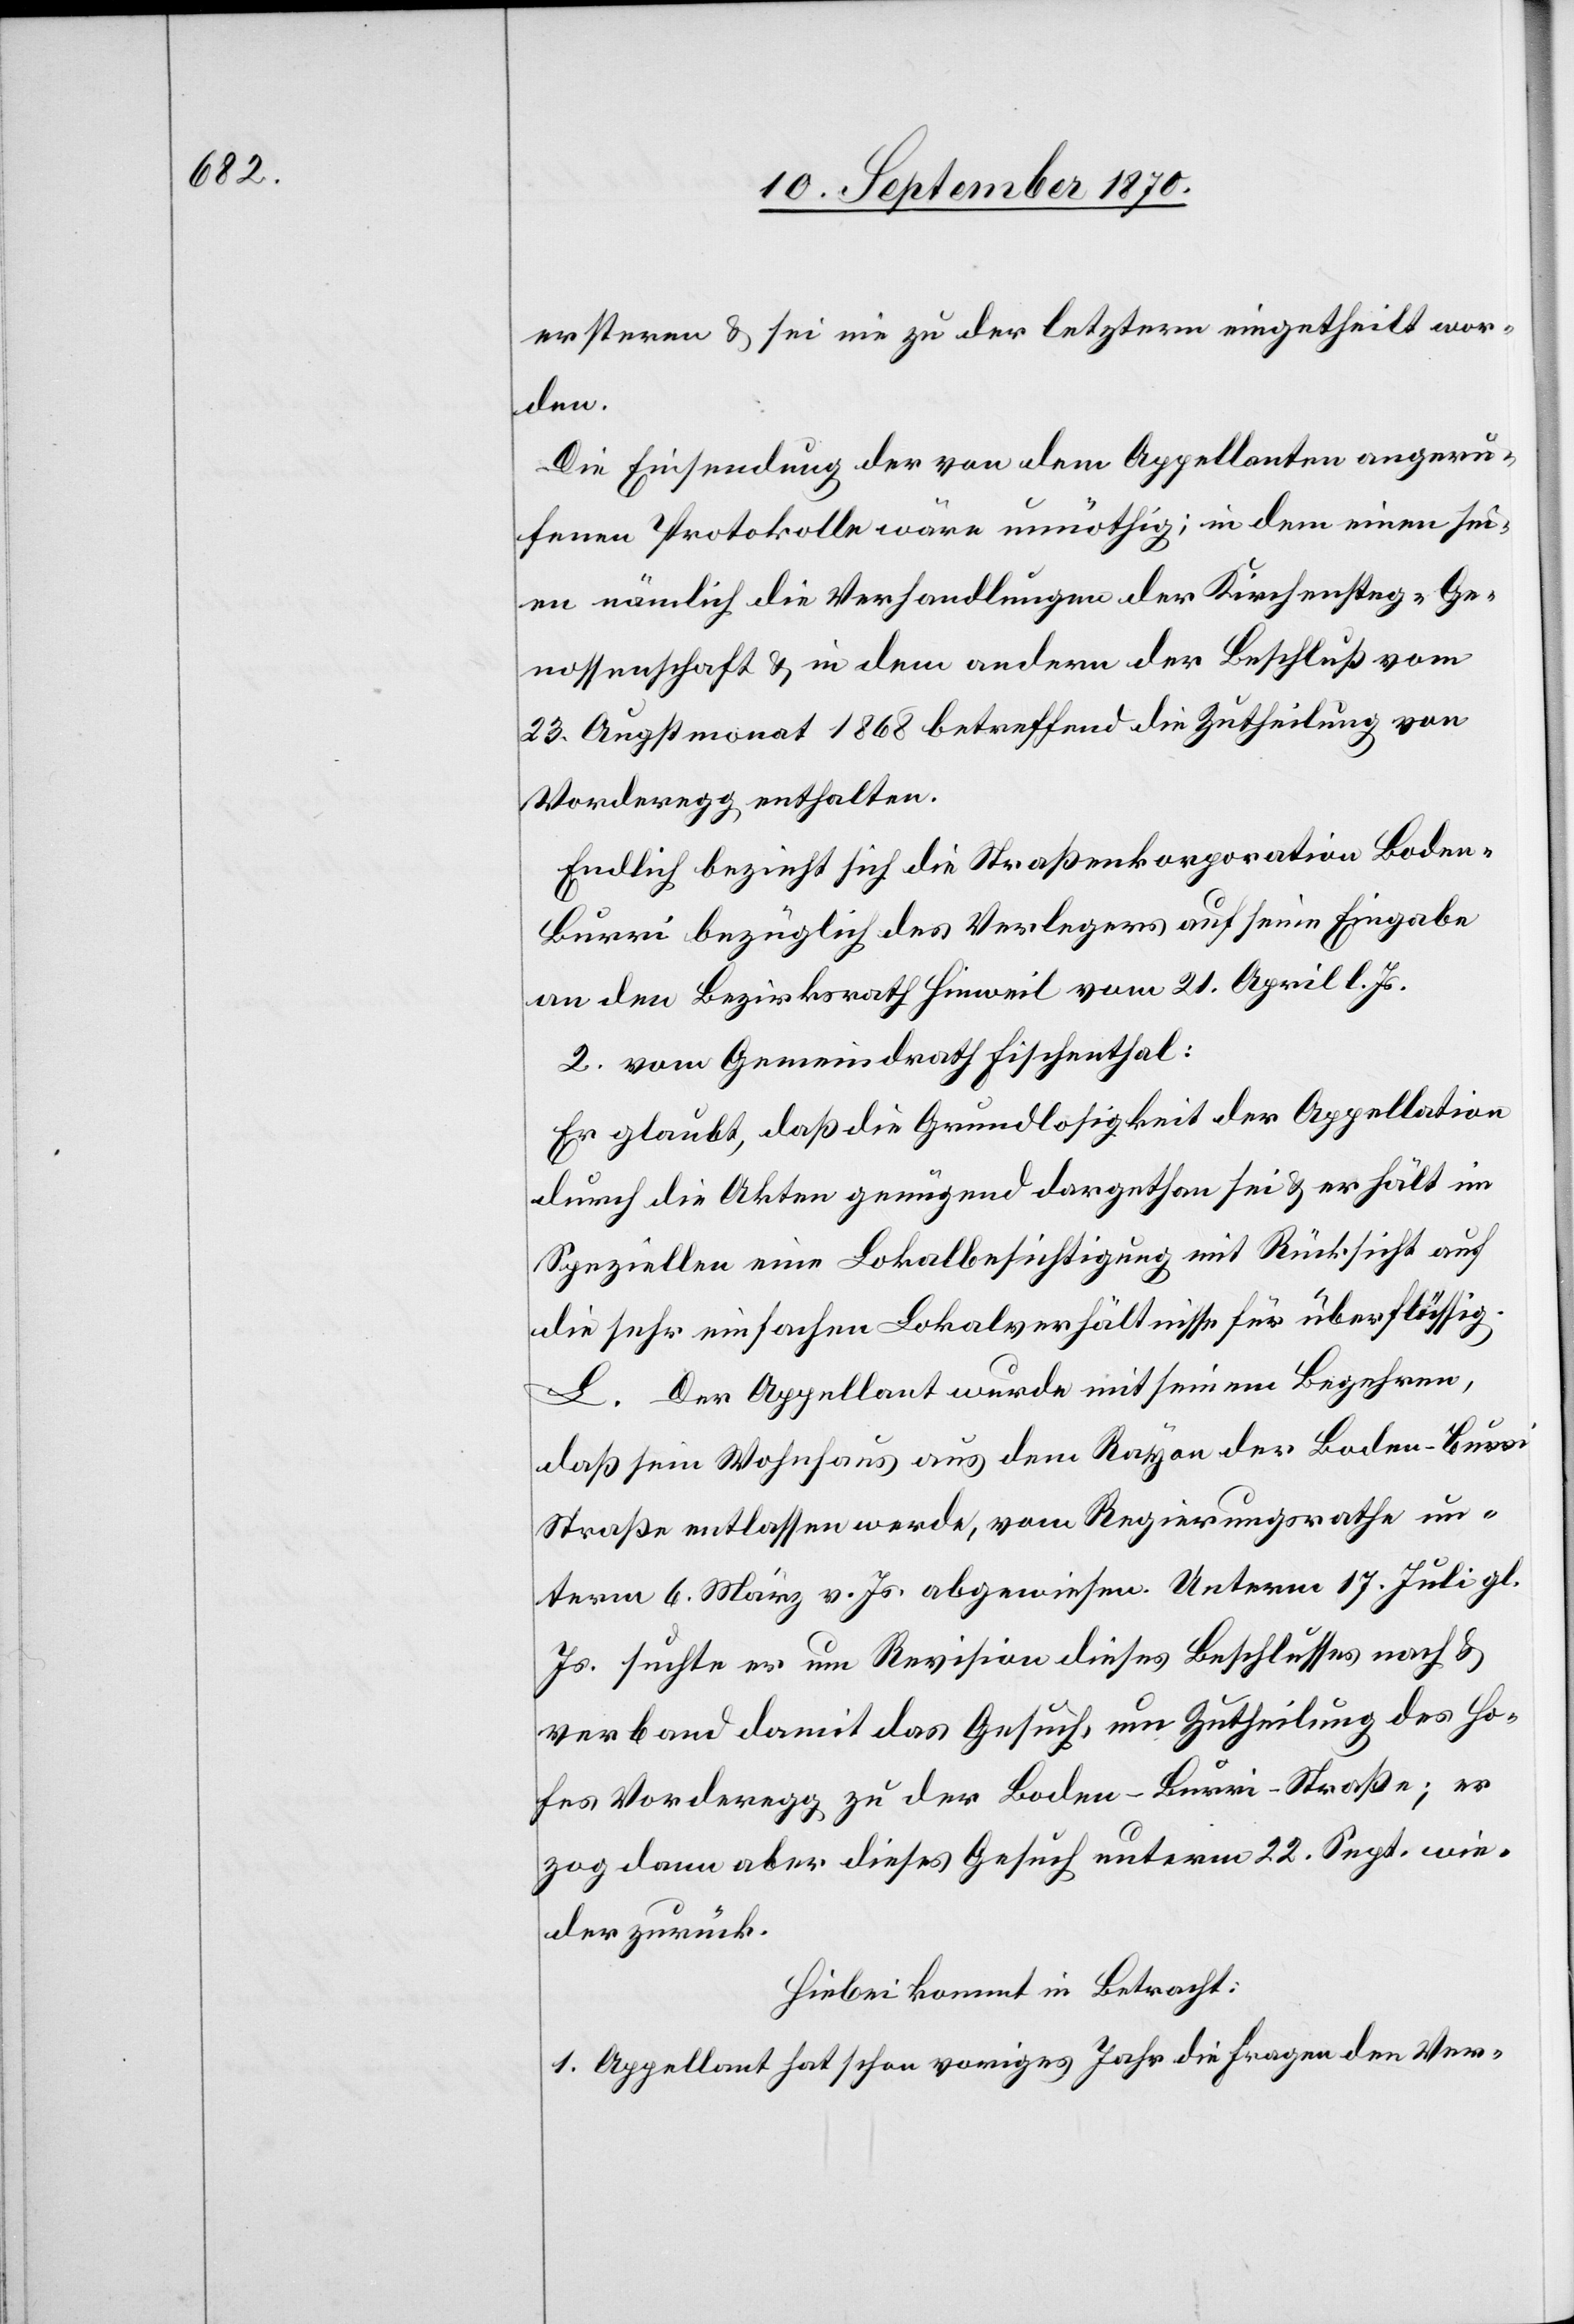
erstern & sei nie zu der letztern eingetheilt wor¬
den.
Die Einsendung der von dem Appellanten angeru¬
fenen Protokolle wäre unnöthig; in dem einen sei¬
en nämlich die Verhandlungen der Kirchensteg-Ge¬
nossenschaft & in dem anderen der Beschluß vom
23. Augstmonat 1868 betreffend die Zutheilung von
Vorderegg enthalten.
Endlich bezieht sich die Straßenkorporation Bode¬
n–Burri bezüglich des Verlegers auf seine Eingabe
an den Bezirksrath Hinweil vom 21. April l. Js.
2. vom Gemeindrath Fischenthal:
Er glaubt, daß die Grundlosigkeit der Appellation
durch die Akten genügend dargethan sei & er hält im
Speziellen eine Lokalbesichtigung mit Rücksicht auf
die sehr einfachen Lokalverhältnisse für überflüssig.
L. Der Appellant wurde mit seinem Begehren,
daß sein Wohnhaus aus dem Rayon der Boden–Burr¬
i-Straße entlassen werde, vom Regierungsrathe un¬
term 6. März v. Js. abgewiesen. Unterm 17. Juli gl.
Js. suchte er um Revision dieses Beschlusses nach &
verband damit das Gesuch, um Zutheilung des Ho¬
fes Vorderegg zu der Boden–Burri-Straße; er
zog dann aber dieses Gesuch unterm 22. Sept. wie¬
der zurück.
Hiebei kommt in Betracht:
1. Appellant hat schon voriges Jahr die Fragen den Ver-